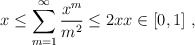
\begin{align*} x\leq\sum_{m=1}^\infty\frac{x^m}{m^2}\leq 2xx\in[0,1]\ ,\end{align*}